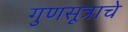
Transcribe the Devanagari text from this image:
गुणसूत्राचे